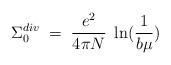
LaTeX: \begin{align*}\Sigma_0^{div} \;=\; \frac{e^2}{4 \pi N} \; \ln(\frac{1}{b\mu})\end{align*}